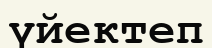
үйектеп